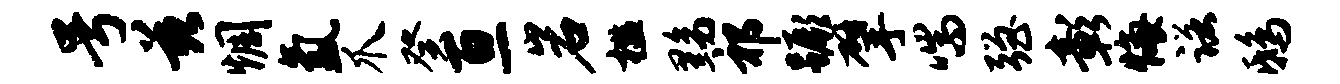
号兹惆氲爪癸亘岩槛黝祁蹶擘喘强彰悔诺鸱